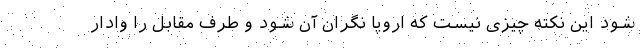
شود این نکته چیزی نیست که اروپا نگران آن شود و طرف مقابل را وادار